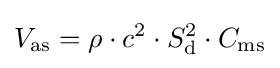
V_{\rm {as}}=\rho \cdot c^{2}\cdot S_{\rm {d}}^{2}\cdot C_{\rm {ms}}